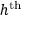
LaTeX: h ^ { \mathrm { t h } }